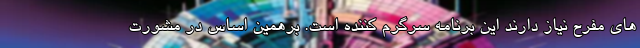
های مفرح نیاز دارند این برنامه سرگرم کننده است. برهمین اساس در مشورت